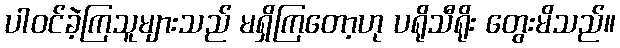
ပါဝင်ခဲ့ကြသူများသည် မရှိကြတော့ဟု ပရိုသီရိုး တွေးမိသည်။